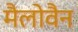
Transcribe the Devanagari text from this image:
मैलोवैन